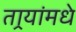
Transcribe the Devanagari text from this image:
तार्‍यांमधे